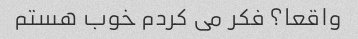
واقعا؟ فکر می کردم خوب هستم